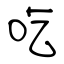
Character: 吃